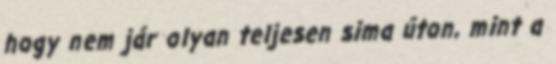
hogy nem jár olyan teljesen sima úton, mint a